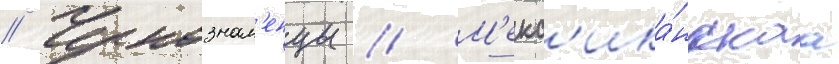
// Чернознам'енцы // М'екс'ика́нскаа